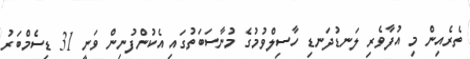
ތެރެއިން މި އުފާވެރި ލަނޑުދަނޑި ހާސިލްވުމުގެ މުނާސަބަތުގައި އެކުންފުނިން ވަނީ 31 ޑިސެމްބަރު